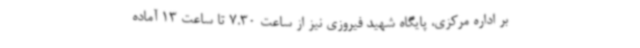
بر اداره مرکزی، پایگاه شهید فیروزی نیز از ساعت 7.30 تا ساعت 13 آماده